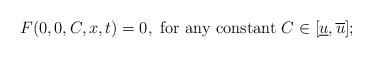
LaTeX: \begin{align*}F(0,0,C,x,t)=0, \mbox{ for any constant } C\in[\underline u,\overline u];\end{align*}